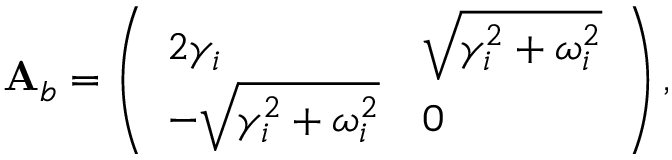
\mathbf { A } _ { b } = \left( \begin{array} { l l } { 2 \gamma _ { i } } & { \sqrt { \gamma _ { i } ^ { 2 } + \omega _ { i } ^ { 2 } } } \\ { - \sqrt { \gamma _ { i } ^ { 2 } + \omega _ { i } ^ { 2 } } } & { 0 } \end{array} \right) ,